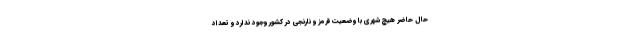
حال حاضر هیچ شهری با وضعیت قرمز و نارنجی در کشور وجود ندارد و تعداد